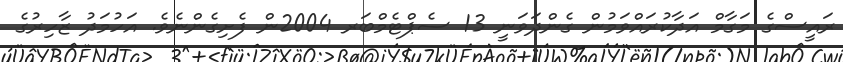
ރައީސްގެ މަގާމް އަދާކުރައްވަމުން ގެންދަވަނީ 13 ސެޕްޓެމްބަރ 2004ން ފެށިގެންނެވެ. އަހުމަދު ޒާހިރުގެ